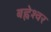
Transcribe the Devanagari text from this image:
बह्नेश्वर